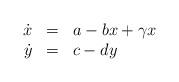
LaTeX: \begin{align*}\begin{array}{rcl}\dot x & = & a-bx+\gamma x\\\dot y & = & c-dy\end{array}\end{align*}